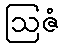
ဩဇံ